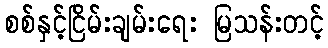
စစ်နှင့်ငြိမ်းချမ်းရေး မြသန်းတင့်